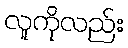
လူကိုလည်း